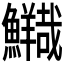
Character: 𲍃